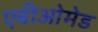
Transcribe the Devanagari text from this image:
एबीओमेड